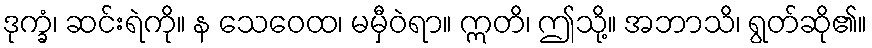
ဒုက္ခံ၊ ဆင်းရဲကို။ န သေဝေထ၊ မမှီဝဲရာ။ ဣတိ၊ ဤသို့။ အဘာသိ၊ ရွတ်ဆို၏။